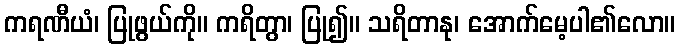
ကရဏီယံ၊ ပြုဖွယ်ကို။ ကရိတွာ၊ ပြု၍။ သရိတာနု၊ အောက်မေ့ပါ၏လော။